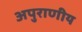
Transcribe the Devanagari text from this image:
अपुराणीय